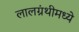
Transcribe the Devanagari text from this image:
लालग्रंथीमध्ये